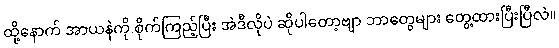
ထို့နောက် အာယနဲကို စိုက်ကြည့်ပြီး အဲဒီလိုပဲ ဆိုပါတော့ဗျာ ဘာတွေများ တွေ့ထားပြီးပြီလဲ။